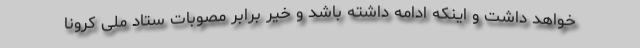
خواهد داشت و اینکه ادامه داشته باشد و خیر برابر مصوبات ستاد ملی کرونا